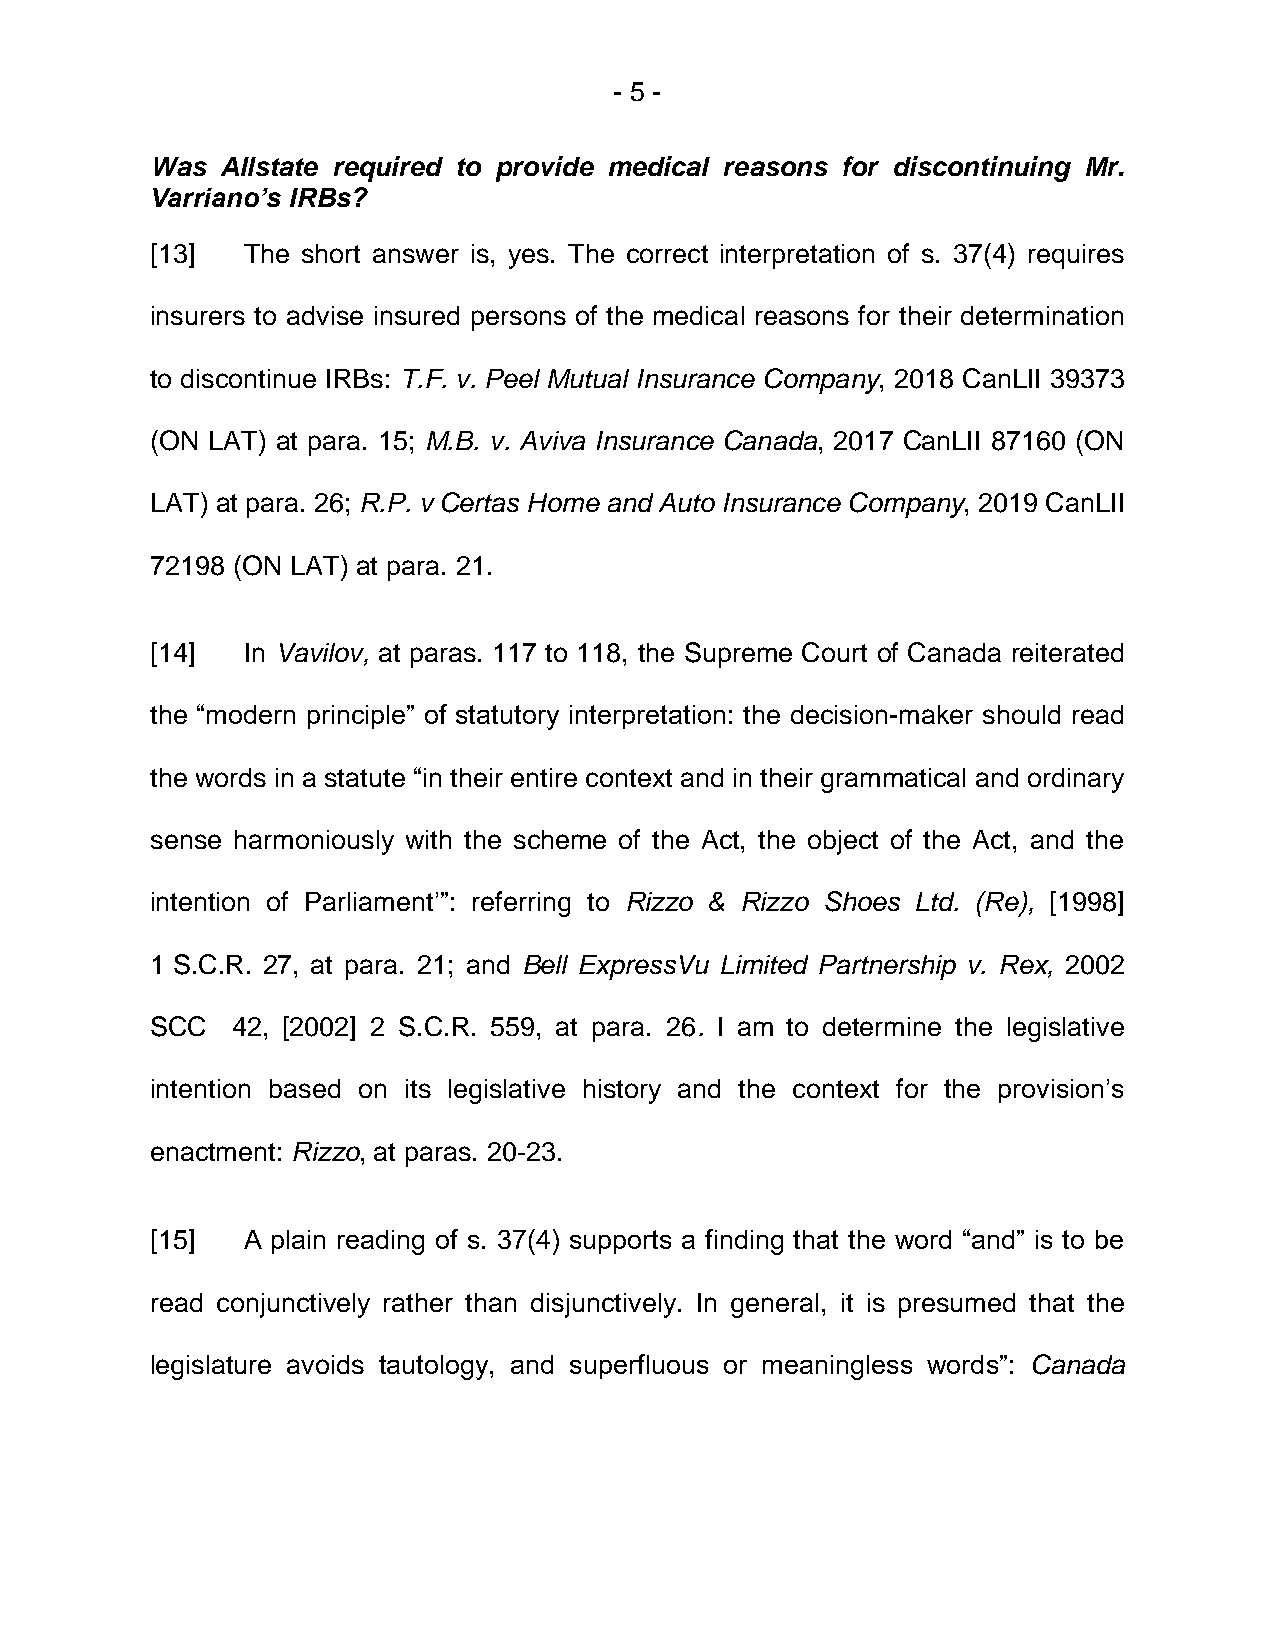
- 5 -
 Was  Allstate required to provide medical reasons for discontinuing Mr.
 Varriano’s IRBs?
 [13]  The short answer is, yes. The correct interpretation of s. 37(4) requires
 insurers to advise insured persons of the medical reasons for their determination
 to discontinue IRBs: T.F. v. Peel Mutual Insurance Company, 2018 CanLII 39373
 (ON LAT) at para. 15; M.B. v. Aviva Insurance Canada, 2017 CanLII 87160 (ON
 LAT) at para. 26; R.P. v Certas Home and Auto Insurance Company, 2019 CanLII
 72198 (ON LAT) at para. 21.
 [14]  In Vavilov, at paras. 117 to 118, the Supreme Court of Canada reiterated
 the “modern principle” of statutory interpretation: the decision-maker should read
 the words in a statute “in their entire context and in their grammatical and ordinary
 sense harmoniously with the scheme of the Act, the object of the Act, and the
 intention of Parliament’”: referring to Rizzo & Rizzo Shoes Ltd. (Re), [1998]
 1 S.C.R. 27, at para. 21; and Bell ExpressVu Limited Partnership v. Rex, 2002
 SCC  42, [2002] 2 S.C.R. 559, at para. 26. I am to determine the legislative
 intention based on its legislative history and the context for the provision’s
 enactment: Rizzo, at paras. 20‑23.
 [15]  A plain reading of s. 37(4) supports a finding that the word “and” is to be
 read conjunctively rather than disjunctively. In general, it is presumed that the
 legislature avoids tautology, and superfluous or meaningless words”: Canada